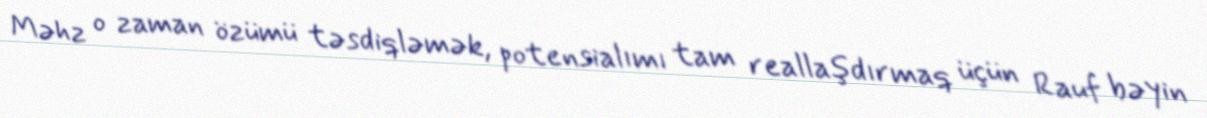
Məhz o zaman özümü təsdiqləmək, potensialımı tam reallaşdırmaq üçün Rauf bəyin